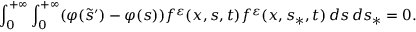
\int _ { 0 } ^ { + \infty } \int _ { 0 } ^ { + \infty } ( \varphi ( \tilde { s } ^ { \prime } ) - \varphi ( s ) ) f ^ { \varepsilon } ( x , s , t ) f ^ { \varepsilon } ( x , s _ { \ast } , t ) \, d s \, d s _ { \ast } = 0 .